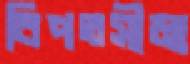
বিপতসীমা